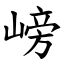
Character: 嵭